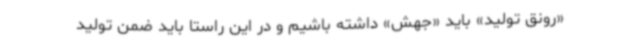
«رونق تولید» باید «جهش» داشته باشیم و در این راستا باید ضمن تولید